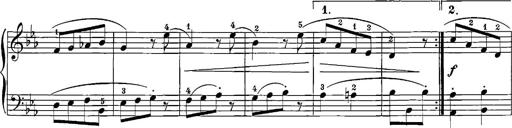
Title: 12 Sonatinas
Composer: Ignaz Pleyel